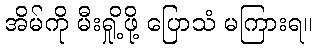
အိမ်ကို မီးရှို့ဖို့ ပြောသံ မကြားရ။